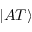
| A T \rangle